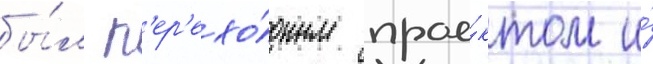
бы́л п'ер'ехо́дным прое́ктом и́